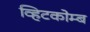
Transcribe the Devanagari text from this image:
व्हिटकोम्ब